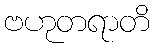
ဗဟုတရာတိ